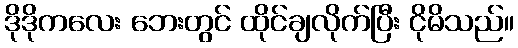
ဒိုဒိုကလေး ဘေးတွင် ထိုင်ချလိုက်ပြီး ငိုမိသည်။